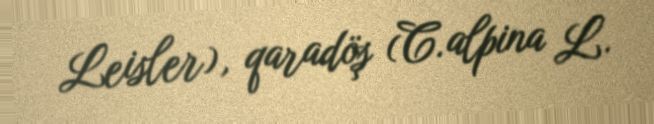
Leisler), qaradöş (C.alpina L.